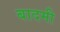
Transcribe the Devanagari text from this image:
बादमी